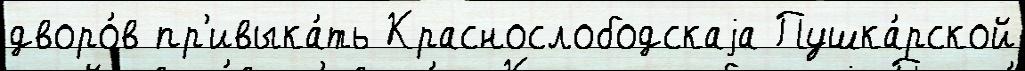
дворо́в пр'ивыка́ть Краснослободскаjа Пушка́рской